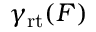
\gamma _ { \mathrm { r t } } ( F )